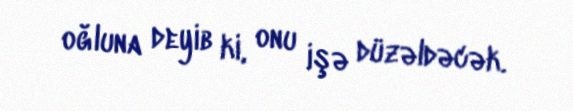
oğluna deyib ki, onu işə düzəldəcək.